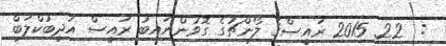
:  22